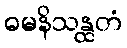
ဓမနိသန္ထတံ